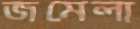
জমেলা